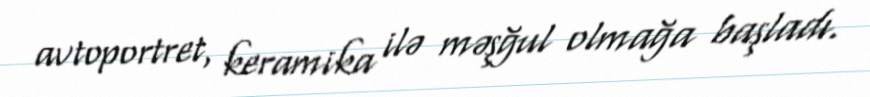
avtoportret, keramika ilə məşğul olmağa başladı.